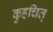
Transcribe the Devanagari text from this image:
कुहचित्